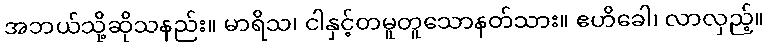
အဘယ်သို့ဆိုသနည်း။ မာရိသ၊ ငါနှင့်တမူတူသောနတ်သား။ ဧဟိခေါ၊ လာလှည့်။